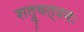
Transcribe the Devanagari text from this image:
शत्रुवत्‌त्रयः